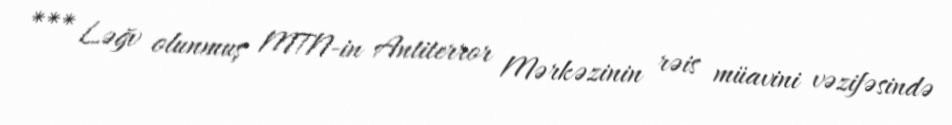
*** Ləğv olunmuş MTN-in Antiterror Mərkəzinin rəis müavini vəzifəsində